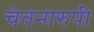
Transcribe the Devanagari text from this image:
चेतनारुपी